Civil Veterinary Department. Madras. Admin. report 1926-33 - 1926-1933
Year: 1926
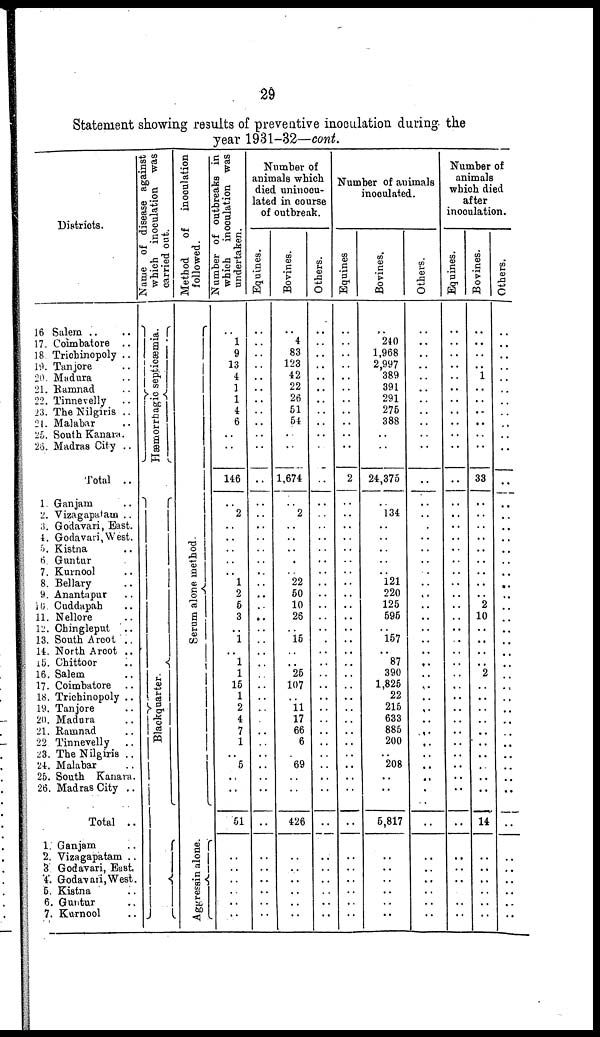
29
Statement showing results of preventive inoculation during the
year 1931-32—cont.
Districts.
16 Salem .. ..
17. Coimbatore ..
18 Trichinopoly ..
19. Tanjore ..
20. Madura ..
21. Ramnad ..
22. Tinnevelly ..
23. The Nilgiris ..
21. Malabar ..
25. South Kanara.
26. Madras City ..
Total ..
1. Ganjam ..
2. Vizagapatam ..
3. Godavari, East.
4. Godavari, West.
5. Kistna ..
6. Guntur ..
7. Kurnool ..
8. Bellary ..
9. Anantapur ..
16. Cuddapah ..
11. Nellore ..
12. Chingleput ..
13. South Arcot ..
14. North Arcot ..
15. Chittoor ..
16. Salem ..
17. Coimbatore ..
18. Trichinopoly ..
19. Tanjore ..
20. Madura ..
21. Ramnad ..
22. Tinnevelly ..
23. The Nilgiris ..
24. Malabar ..
25. South Kanara.
26. Madras City ..
Total ..
1. Ganjam ..
2. Vizagapatam ..
3 Godavari, East,
4. Godavari, West.
5. Kistna ..
6. Guntur ..
7. Kurnool ..
Name of disease against
which inoculation was
carried out.
Hæmorrhagic septicæmia.
Blackquarter
Method
of
inoculation
followed.
Serum alone method.
Aggressin alone.
Number of outbreaks in
which inoculation was
undertaken.
..
1
9
13
4
1
1
4
6
..
..
..
146
..
2
..
..
..
..
..
1
2
5
3
..
1
..
1
1
15
1
2
4
7
1
..
5
..
..
51
..
..
..
..
..
..
Number of
animals which
died uninoeu-
lated in course
of outbreak.
Equines.
..
..
..
..
..
..
..
..
..
..
..
..
..
..
..
..
..
..
..
..
..
..
..
..
..
..
..
..
..
..
..
..
..
..
..
..
..
..
..
..
..
..
..
..
..
Bovines.
..
4
83
123
42
22
26
51
54
..
..
..
1,674
..
2
..
..
..
..
..
22
50
10
26
..
15
..
..
25
107
..
11
17
66
6
..
69
..
..
426
..
..
..
..
..
..
Others.
..
..
..
..
..
..
..
..
..
..
..
..
..
..
..
..
..
..
..
..
..
..
..
..
..
..
..
..
..
..
..
..
..
..
..
..
..
..
..
..
..
..
..
..
..
..
Number of animals
inoculated.
Equines
..
..
..
..
..
..
..
..
..
..
..
..
2
..
..
..
..
..
..
..
..
..
..
..
..
..
..
..
..
..
..
..
..
..
..
..
..
..
..
..
..
..
..
..
..
..
Bovines,
..
240
1,968
2,997
389
391
291
275
388
..
..
..
24,375
..
134
..
..
..
..
..
121
220
125
595
..
157
..
87
390
1,825
22
215
633
885
200
..
208
..
..
5,817
..
..
..
..
..
..
Others.
..
..
..
..
..
..
..
..
..
..
..
..
..
..
..
..
..
..
..
..
..
..
..
..
..
..
..
..
..
..
..
..
..
..
..
..
..
..
..
..
..
..
..
..
..
..
Number of
animals
which died
after
inoculation.
Equines.
..
..
..
..
..
..
..
..
..
..
..
..
..
..
..
..
..
..
..
..
..
..
..
..
..
..
..
..
..
..
..
..
..
..
..
..
..
..
..
..
..
..
..
..
..
..
Bovines.
..
..
..
..
1
..
..
..
..
..
..
..
33
..
..
..
..
..
..
..
..
..
2
10
..
..
..
..
2
..
..
..
..
..
..
..
..
..
..
14
..
..
..
..
..
..
Others.
..
..
..
..
..
..
..
..
..
..
..
..
..
..
..
..
..
..
..
..
..
..
..
..
..
..
..
..
..
..
..
..
..
..
..
..
..
..
..
..
..
..
..
..
..
..